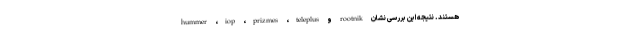
hummer ،iop ،prizmes ،teleplus و rootnik هستند. نتیجه این بررسی نشان